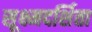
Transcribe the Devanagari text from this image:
सूक्ष्मदर्शिता